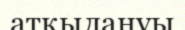
атқылануы